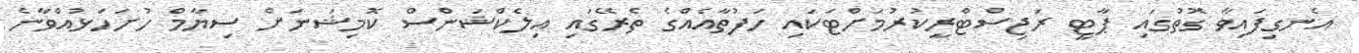
އެނގިފައިވާ ގޮތުގައި ޕާޓީ ރަޖިސްޓްރީކުރުމަށްޓަކައި ހަފުތާއެއްގެ ތެރޭގައި އިލެކްޝަންސް ކޮމިޝަނަށް ސިޔާމް ހުށަހަޅުއްވާނެ